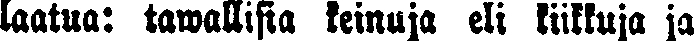
laatua: tawallisia keinuja eli liikkuja ja